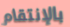
بالإنتقام